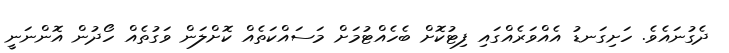
ދެގުނައެވެ. ހަށިގަނޑު އެއްވަރެއްގައި ފިޓުކޮށް ބެހެއްޓުމަށް މަސައްކަތެއް ކޮށްލަން ވަގުތެއް ހޯދުން އޮންނަނީ